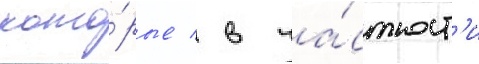
кото́рые / в ча́стност'и